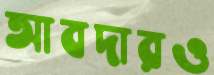
আবদারও